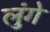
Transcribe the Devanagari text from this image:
लुंगे